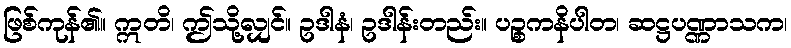
ဖြစ်ကုန်၏။ ဣတိ၊ ဤသို့လျှင်။ ဥဒါနံ၊ ဥဒါန်းတည်း။ ပဉ္စကနိပါတ၊ ဆဋ္ဌပဏ္ဏာသက၊